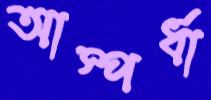
আস্পর্ধা